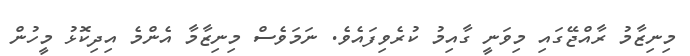
މިނިޒާމު ރާއްޖޭގައި މިވަނީ ގާއިމު ކުރެވިފައެވެ. ނަމަވެސް މިނިޒާމާ އެންމެ އިދިކޮޅު މީހުން